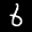
Label: 6